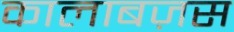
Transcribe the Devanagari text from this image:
कालाबज़स